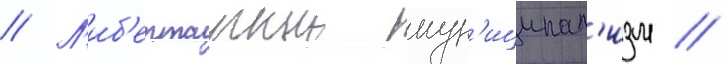
// Л'иб'ертарныи мун'иципал'изм //